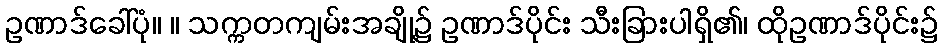
ဥဏာဒ်ခေါ်ပုံ။ ။ သက္ကတကျမ်းအချို့၌ ဥဏာဒ်ပိုင်း သီးခြားပါရှိ၏၊ ထိုဥဏာဒ်ပိုင်း၌